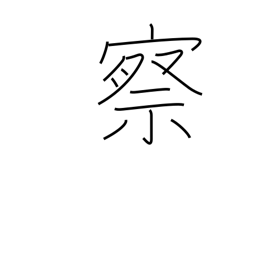
Meaning: judge